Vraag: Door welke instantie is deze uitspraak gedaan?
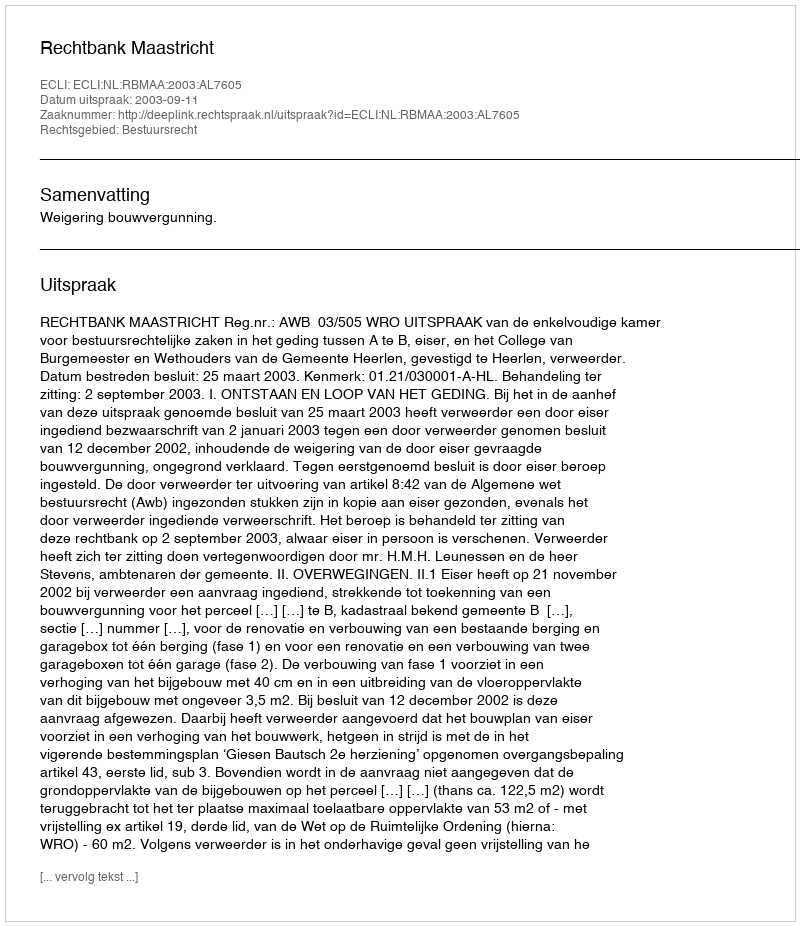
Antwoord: Rechtbank Maastricht